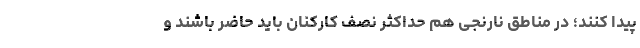
پیدا کنند؛ در مناطق نارنجی هم حداکثر نصف کارکنان باید حاضر باشند و